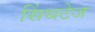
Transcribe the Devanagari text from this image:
सिंथटेज